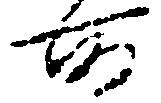
所